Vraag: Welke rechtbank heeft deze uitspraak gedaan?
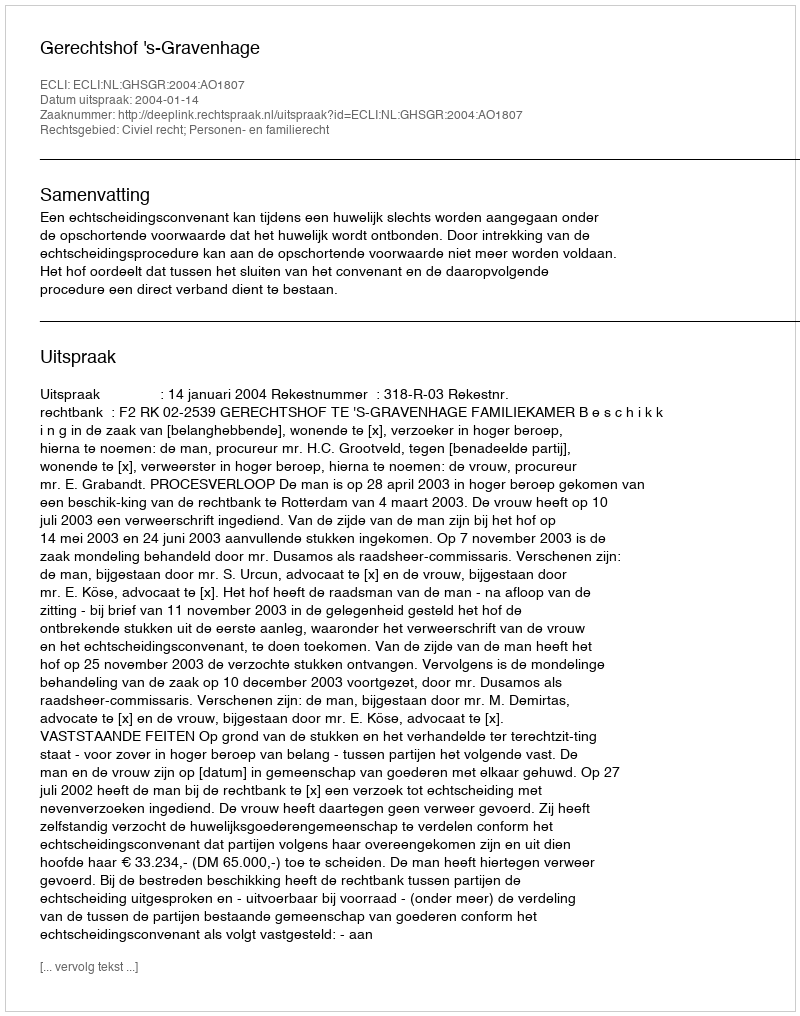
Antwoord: Gerechtshof 's-Gravenhage